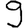
Digit: 9